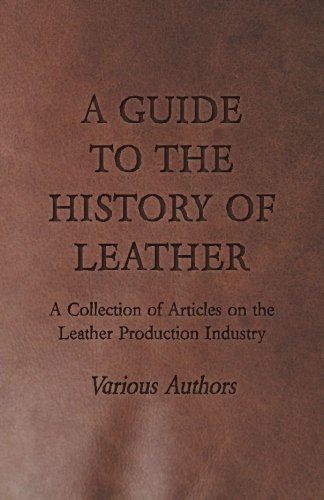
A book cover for A Guide to the History of Leather - A Collection of Articles on the Leather Production Industry; Various; Crafts, Hobbies & Home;